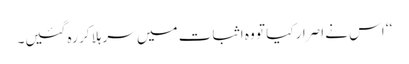
‘‘ اس نے اصرار کیا تو وہ اثبات میں سر ہلا کر رہ گئیں۔